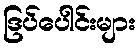
ဒြပ်ပေါင်းများ